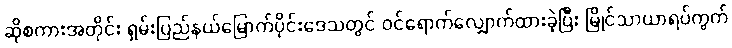
ဆိုစကားအတိုင်း ရှမ်းပြည်နယ်မြောက်ပိုင်းဒေသတွင် ဝင်ရောက်လျှောက်ထားခဲ့ပြီး မြိုင်သာယာရပ်ကွက်